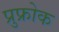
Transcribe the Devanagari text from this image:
प्रुफ्रोक